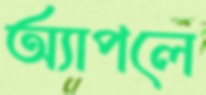
অ্যাপলে